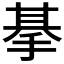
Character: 𢮜